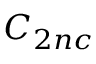
C _ { 2 n c }